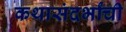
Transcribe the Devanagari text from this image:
कथासंदर्भांची